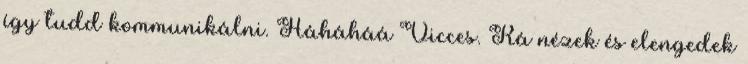
így tudd kommunikálni. Háháháá Vicces. Rá nézek és elengedek